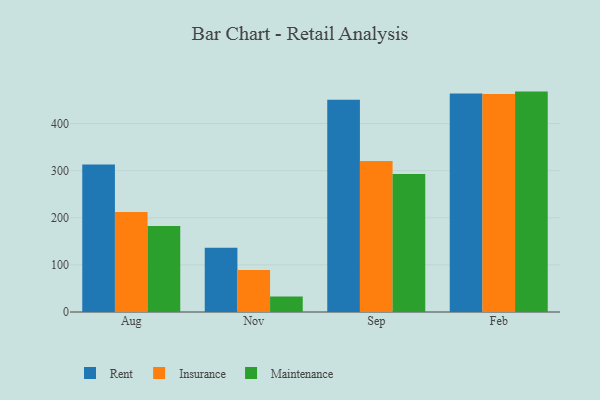
{"axis": {"x": "Month", "y": "Budget (USD K)"}, "legend": ["Insurance", "Maintenance", "Rent"], "data": [{"x": "Aug", "y": 312.9, "type": "Rent"}, {"x": "Aug", "y": 212.4, "type": "Insurance"}, {"x": "Aug", "y": 182.8, "type": "Maintenance"}, {"x": "Nov", "y": 136.6, "type": "Rent"}, {"x": "Nov", "y": 89.1, "type": "Insurance"}, {"x": "Nov", "y": 32.9, "type": "Maintenance"}, {"x": "Sep", "y": 450.4, "type": "Rent"}, {"x": "Sep", "y": 320.5, "type": "Insurance"}, {"x": "Sep", "y": 293.0, "type": "Maintenance"}, {"x": "Feb", "y": 463.9, "type": "Rent"}, {"x": "Feb", "y": 462.6, "type": "Insurance"}, {"x": "Feb", "y": 467.9, "type": "Maintenance"}]}